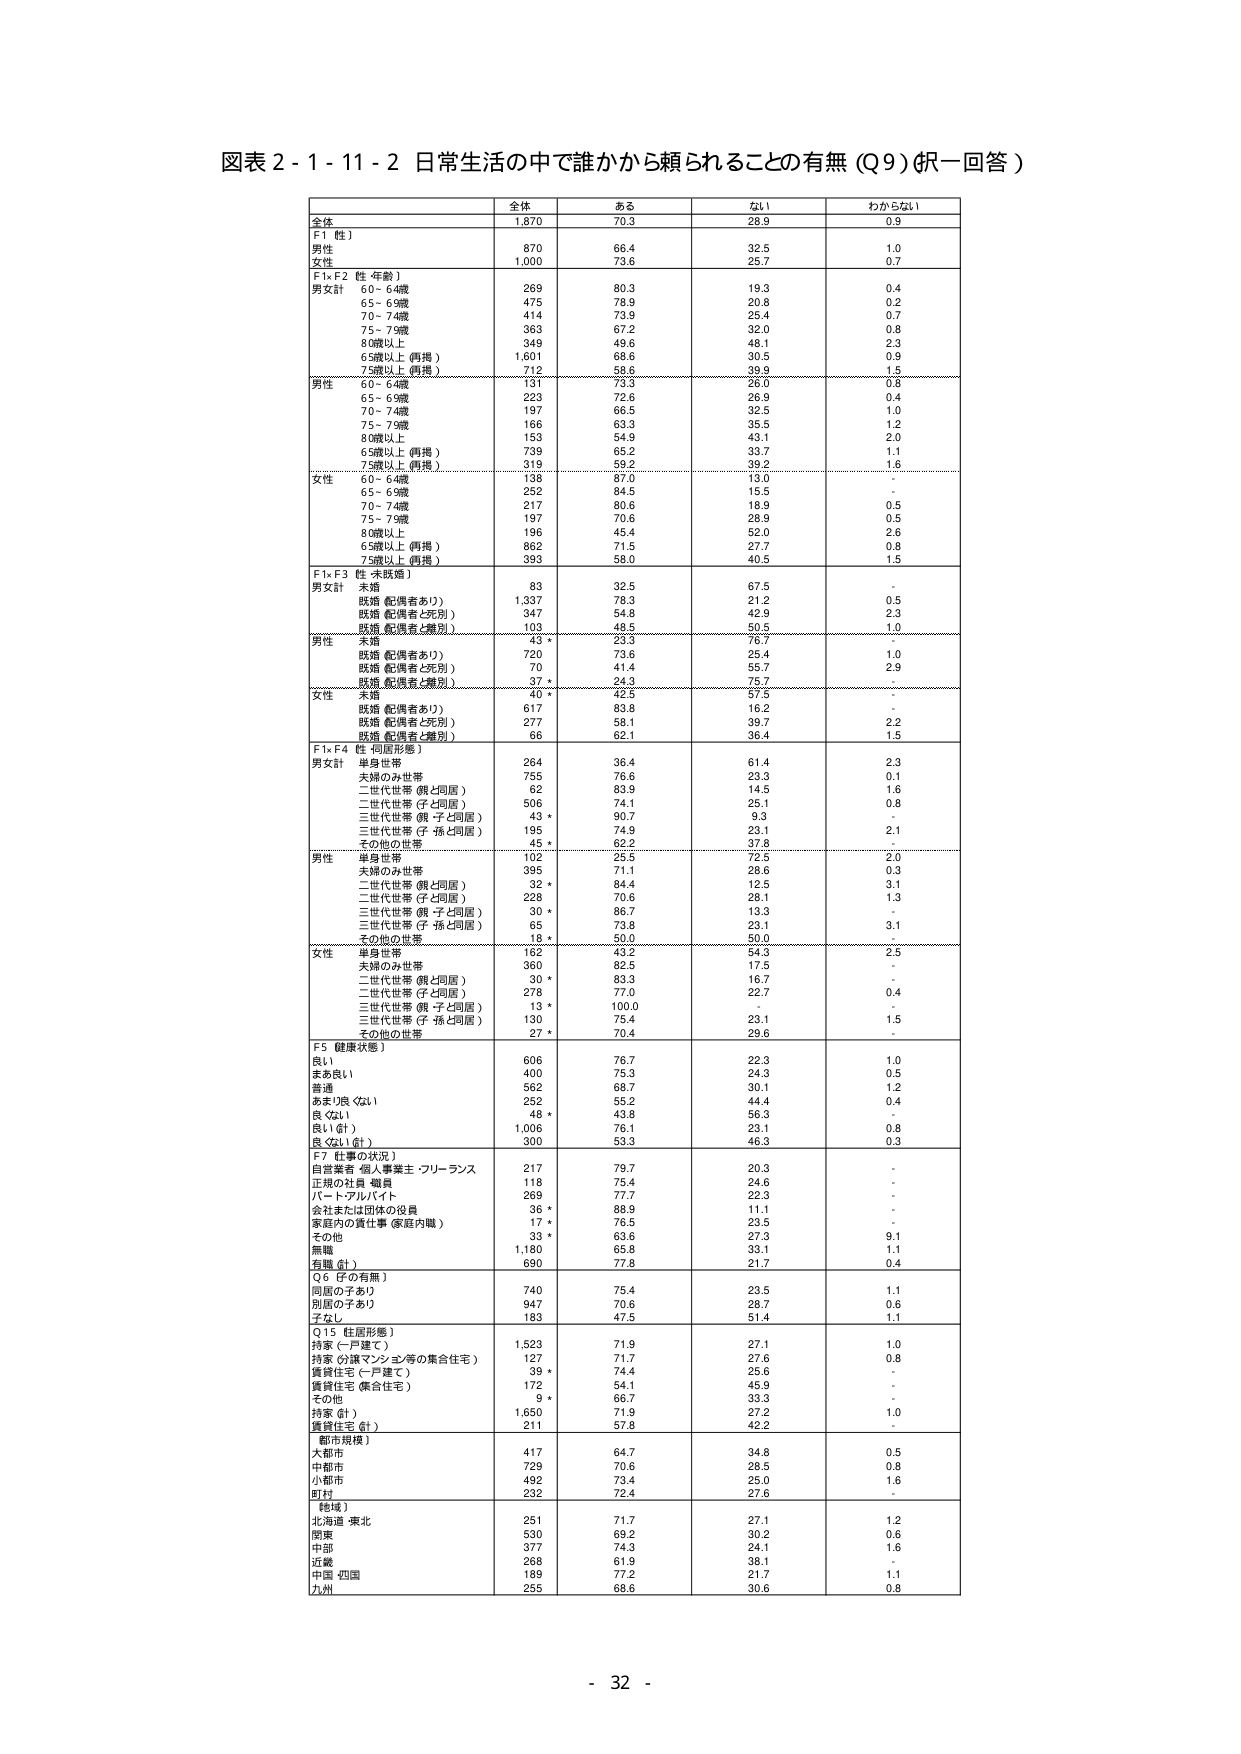
図表 2 - 1 - 11 - 2 日常生活の中で誰かから頼られることの有無 (Q9) (択一回答)

全体 ある ない わからない
全体 1,870 70.3 28.9 0.9
F1 性）
男性 870 66.4 32.5 1.0
女性 1,000 73.6 25.7 0.7
F1×F2 性 年齢）
男女計 60～64歳 269 80.3 19.3 0.4
65～69歳 475 78.9 20.8 0.2
70～74歳 414 73.9 25.4 0.7
75～79歳 363 67.2 32.0 0.8
80歳以上 349 49.6 48.1 2.3
65歳以上（再掲） 1,601 68.6 30.5 0.9
75歳以上（再掲） 712 58.6 39.9 1.5
男性 60～64歳 131 73.3 26.0 0.8
65～69歳 223 72.6 26.9 0.4
70～74歳 197 66.5 32.5 1.0
75～79歳 166 63.3 35.5 1.2
80歳以上 153 54.9 43.1 2.0
65歳以上（再掲） 739 65.2 33.7 1.1
75歳以上（再掲） 319 59.2 39.2 1.6
女性 60～64歳 138 87.0 13.0 -
65～69歳 252 84.5 15.5 -
70～74歳 217 80.6 18.9 0.5
75～79歳 197 70.6 28.9 0.5
80歳以上 196 45.4 52.0 2.6
65歳以上（再掲） 862 71.5 27.7 0.8
75歳以上（再掲） 393 58.0 40.5 1.5
F1×F3 性 未婚婚）
男女計 未婚 83 32.5 67.5 -
既婚（配偶者あり） 1,337 78.3 21.2 0.5
既婚（配偶者と死別） 347 54.8 42.9 2.3
既婚（配偶者と離別） 103 48.5 50.5 1.0
男性 未婚 43 * 23.3 76.7 -
既婚（配偶者あり） 720 73.6 25.4 1.0
既婚（配偶者と死別） 70 41.4 55.7 2.9
既婚（配偶者と離別） 37 * 24.3 75.7 -
女性 未婚 40 * 42.5 57.5 -
既婚（配偶者あり） 617 83.8 16.2 -
既婚（配偶者と死別） 277 58.1 39.7 2.2
既婚（配偶者と離別） 66 62.1 36.4 1.5
F1×F4 性 世帯形態）
男女計 単身世帯 264 36.4 61.4 2.3
夫婦のみ世帯 755 76.6 23.3 0.1
二世代世帯（親と同居） 62 83.9 14.5 1.6
二世代世帯（子と同居） 506 74.1 25.1 0.8
三世代世帯（親 子と同居） 43 * 90.7 9.3 -
三世代世帯（子 孫と同居） 195 74.9 23.1 2.1
その他の世帯 45 * 62.2 37.8 -
男性 単身世帯 102 25.5 72.5 2.0
夫婦のみ世帯 395 71.1 28.6 0.3
二世代世帯（親と同居） 32 * 84.4 12.5 3.1
二世代世帯（子と同居） 228 70.6 28.1 1.3
三世代世帯（親 子と同居） 30 * 86.7 13.3 -
三世代世帯（子 孫と同居） 65 73.8 23.1 3.1
その他の世帯 18 * 50.0 50.0 -
女性 単身世帯 162 43.2 54.3 2.5
夫婦のみ世帯 360 82.5 17.5 -
二世代世帯（親と同居） 30 * 83.3 16.7 -
二世代世帯（子と同居） 278 77.0 22.7 0.4
三世代世帯（親 子と同居） 13 * 100.0 -
三世代世帯（子 孫と同居） 130 75.4 23.1 1.5
その他の世帯 27 * 70.4 29.6 -
F5 健康状態）
良い 606 76.7 22.3 1.0
まあ良い 400 75.3 24.3 0.5
普通 562 68.7 30.1 1.2
あまり良くない 252 55.2 44.4 0.4
良くない 45 * 43.8 56.3 -
良い（計） 1,006 76.1 23.1 0.8
良くない（計） 300 53.3 46.3 0.3
F7 仕事の状況）
自営業者 個人事業主 フリーランス 217 79.7 20.3 -
正規の社員 職員 118 75.4 24.6 -
パート・アルバイト 269 77.7 22.3 -
会社または団体の役員 36 * 88.9 11.1 -
家庭内の責任事（家庭内職） 17 * 76.5 23.5 -
その他 33 * 63.6 27.3 9.1
無職 1,180 65.8 33.1 1.1
有職（計） 690 77.8 21.7 0.4
Q6 子の有無）
同居の子あり 740 75.4 23.5 1.1
別居の子あり 947 70.6 28.7 0.6
子なし 183 47.5 51.4 1.1
Q15 住居形態）
持家（一戸建て） 1,523 71.9 27.1 1.0
持家（分譲マンション等の集合住宅） 127 71.7 27.6 0.8
賃貸住宅（一戸建て） 39 * 74.4 25.6 -
賃貸住宅（集合住宅） 172 54.1 45.9 -
その他 9 * 66.7 33.3 -
持家（計） 1,650 71.9 27.2 1.0
賃貸住宅（計） 211 57.8 42.2 -
都市規模）
大都市 417 64.7 34.8 0.5
中都市 728 70.6 28.5 0.8
小都市 492 73.4 25.0 1.6
町村 232 72.4 27.6 -
地域）
北海道・東北 251 71.7 27.1 1.2
関東 530 69.2 30.2 0.6
中部 377 74.3 24.1 1.6
近畿 268 61.9 38.1 -
中国・四国 189 77.2 21.7 1.1
九州 255 68.6 30.6 0.8

- 32 -